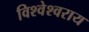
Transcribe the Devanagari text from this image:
विश्वेश्वराय